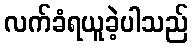
လက်ခံရယူခဲ့ပါသည်